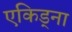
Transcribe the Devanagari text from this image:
एकिड्ना